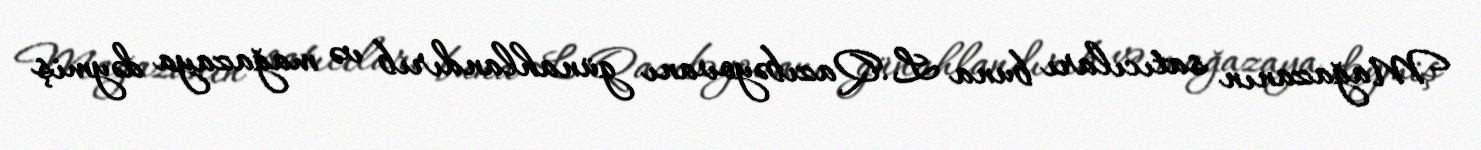
Mağazanın satıcıları buna L.Qazıbəyovanı günahlandırıb və mağazaya dəymiş